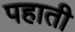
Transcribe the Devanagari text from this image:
पहाती